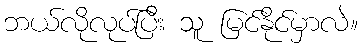
ဘယ်လိုလုပ်ပြီး သူ မြင်နိုင်မှာလဲ။